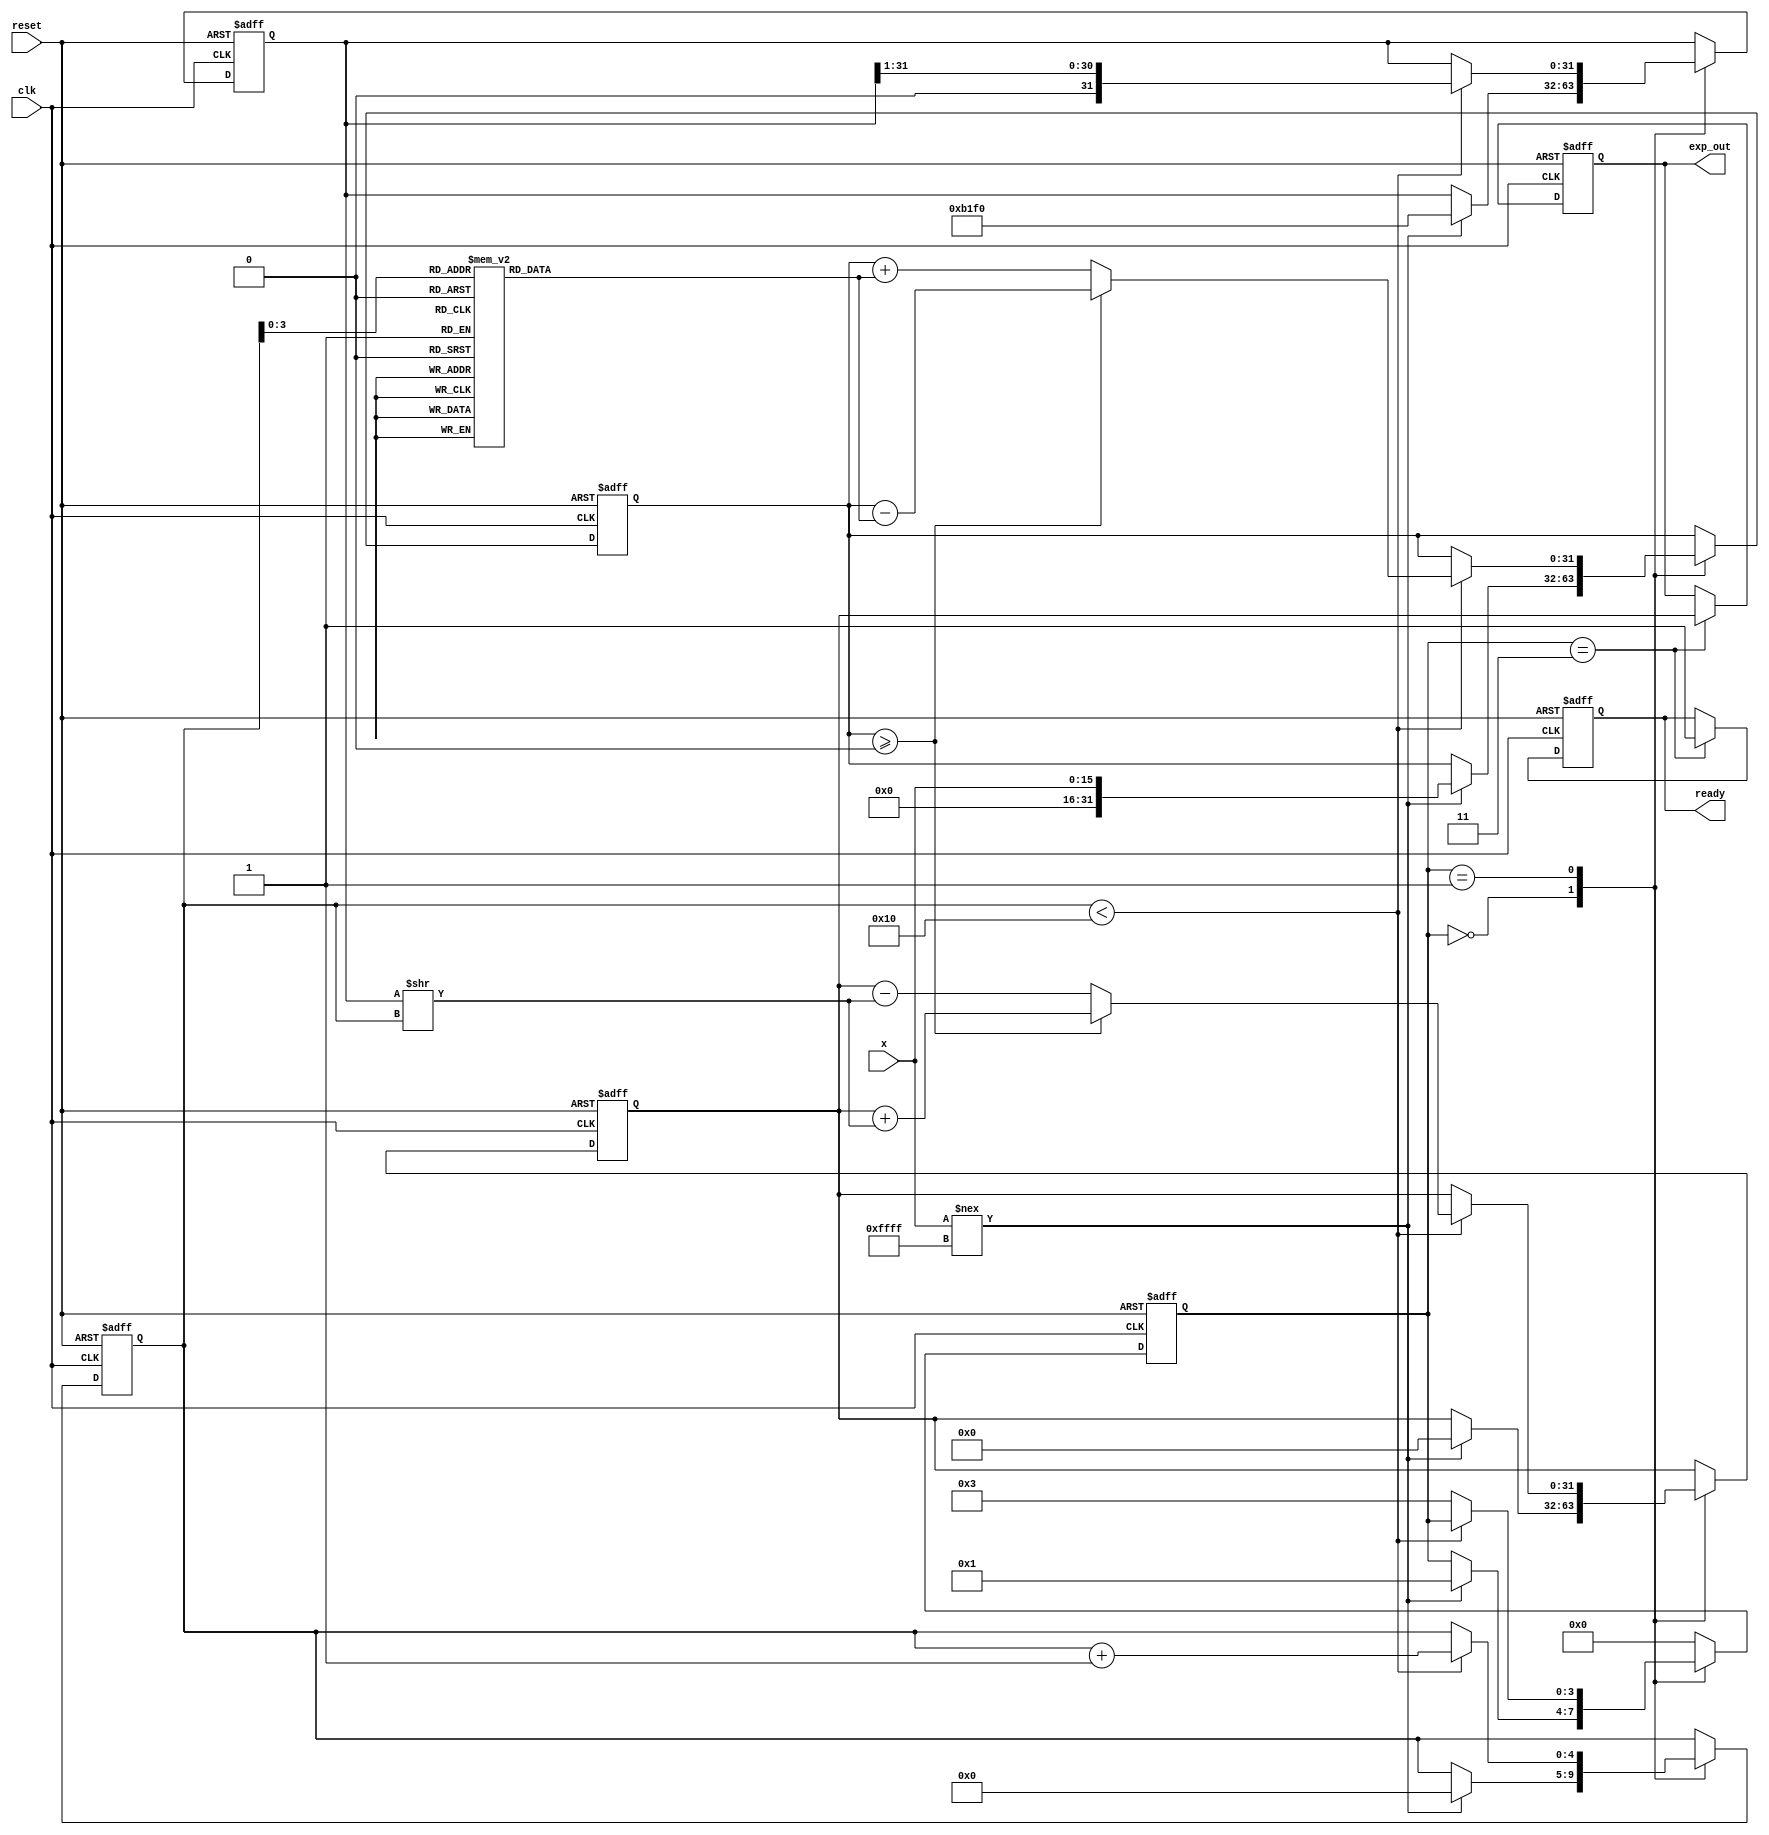
module cordic_exp (
    input wire [15:0] x,         // Input value (fixed-point format)
    input wire clk,              // Clock signal
    input wire reset,            // Asynchronous reset
    output reg [31:0] exp_out,   // Output value for e^x
    output reg ready             // Output ready signal
);

    // Parameters
    parameter N = 16;            // Number of iterations
    parameter SCALE_FACTOR = 16'hB1F0; // Scaling factor (fixed-point)

    // Internal registers
    reg [15:0] angle [0:N-1];    // Lookup table for arctangents
    reg [31:0] z;                 // Current value of x
    reg [31:0] y, x_temp;         // CORDIC outputs
    reg [3:0] state;              // State variable
    reg [4:0] iter;               // Iteration counter

    // State definitions
    localparam IDLE = 0;
    localparam INIT = 1;
    localparam COMPUTE = 2;
    localparam DONE = 3;

    // Initialize the angle lookup table for hyperbolic rotations
    initial begin
        angle[0] = 16'h0000; // 0
        angle[1] = 16'h1000; // 1
        angle[2] = 16'h2000; // 2
        angle[3] = 16'h3000; // 3
        angle[4] = 16'h4000; // 4
        angle[5] = 16'h5000; // 5
        angle[6] = 16'h6000; // 6
        angle[7] = 16'h7000; // 7
        angle[8] = 16'h8000; // 8
        angle[9] = 16'h9000; // 9
        angle[10] = 16'hA000; // 10
        angle[11] = 16'hB000; // 11
        angle[12] = 16'hC000; // 12
        angle[13] = 16'hD000; // 13
        angle[14] = 16'hE000; // 14
        angle[15] = 16'hF000; // 15
    end

    // State machine for CORDIC operations
    always @(posedge clk or posedge reset) begin
        if (reset) begin
            state <= IDLE;
            iter <= 0;
            exp_out <= 0;
            ready <= 0;
            z <= 0;
            y <= 0;
            x_temp <= 0;
        end else begin
            case (state)
                IDLE: begin
                    if (x !== 16'hFFFF) begin // Assume valid input is not all ones
                        z <= x; // Load input
                        y <= 0; // Initialize y
                        x_temp <= SCALE_FACTOR; // Set initial x_temp to scale factor
                        iter <= 0; // Reset iteration counter
                        state <= INIT; // Go to initialization
                    end
                end

                INIT: begin
                    if (iter < N) begin
                        // Perform CORDIC iteration
                        if (z >= 0) begin
                            y <= y + (x_temp >> iter); // Addition
                            z <= z - angle[iter]; // Update z
                        end else begin
                            y <= y - (x_temp >> iter); // Subtraction
                            z <= z + angle[iter]; // Update z
                        end
                        x_temp <= x_temp >> 1; // Shift x_temp
                        iter <= iter + 1; // Increment iteration
                    end else begin
                        state <= DONE; // Move to done state
                    end
                end

                DONE: begin
                    exp_out <= y; // Set output
                    ready <= 1; // Indicate output is ready
                    state <= IDLE; // Go back to idle
                end

                default: state <= IDLE; // Default case
            endcase
        end
    end
endmodule